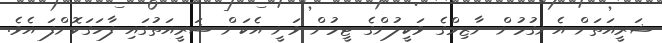
ޝަރީއަތަށް އެނގުމުން ނާޒިމްގެ ވަކީލުންގެ ޓީމުން ވަނީ އެކަން ޝަރީއަތުގައި ފާހަގަކޮށްފަ އެވެ.